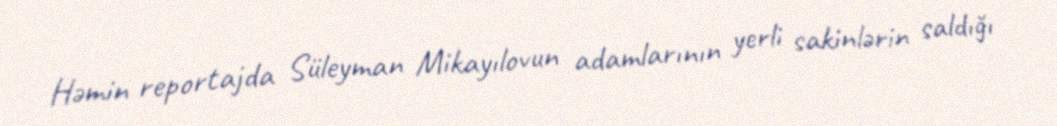
Həmin reportajda Süleyman Mikayılovun adamlarının yerli sakinlərin saldığı